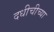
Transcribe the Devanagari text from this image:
दधीचीच्या